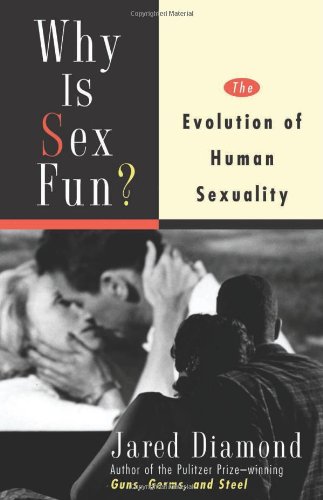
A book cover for Why Is Sex Fun?: The Evolution of Human Sexuality (Science Masters); Jared Diamond; Politics & Social Sciences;